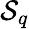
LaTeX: \mathcal{S}_{q}